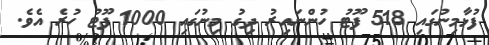
ފުޅާމިނުގައި 518 ފޫޓު ހުންނައިރު ދިގު މިނުގައި 1000 ފޫޓު ހުރެ އެވެ.